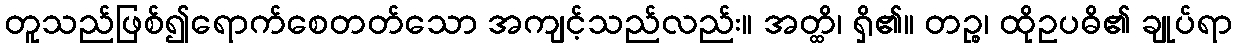
တူသည်ဖြစ်၍ရောက်စေတတ်သော အကျင့်သည်လည်း။ အတ္ထိ၊ ရှိ၏။ တဉ္စ၊ ထိုဥပဓိ၏ ချုပ်ရာ